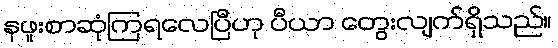
နဖူးစာဆုံကြရလေပြီဟု ပီယာ တွေးလျက်ရှိသည်။